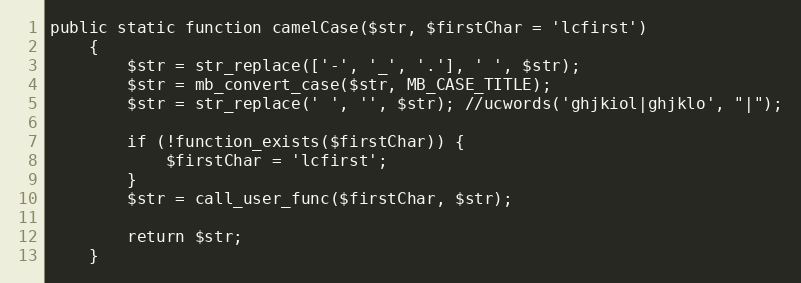
Language: PHP
public static function camelCase($str, $firstChar = 'lcfirst')
    {
        $str = str_replace(['-', '_', '.'], ' ', $str);
        $str = mb_convert_case($str, MB_CASE_TITLE);
        $str = str_replace(' ', '', $str); //ucwords('ghjkiol|ghjklo', "|");

        if (!function_exists($firstChar)) {
            $firstChar = 'lcfirst';
        }
        $str = call_user_func($firstChar, $str);

        return $str;
    }